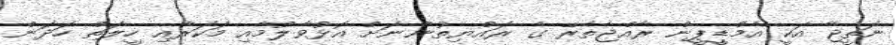
ނަތީޖާ އަކީ އެމްޑީީޕީން ރާއްޖެތެރޭ ގެ ރައްޔިތުންނަށް އޮޅުވާލުމާއި މަކަރާއި ހީލަތް ހަދަން